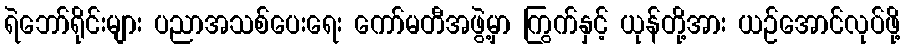
ရဲဘော်ရိုင်းများ ပညာအသစ်ပေးရေး ကော်မတီအဖွဲ့မှာ ကြွက်နှင့် ယုန်တို့အား ယဉ်အောင်လုပ်ဖို့